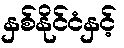
နှစ်နိုင်ငံနှင့်